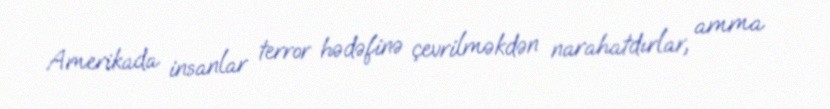
Amerikada insanlar terror hədəfinə çevrilməkdən narahatdırlar, amma